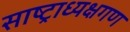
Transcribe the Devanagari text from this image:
साष्ट्राध्यक्षगण